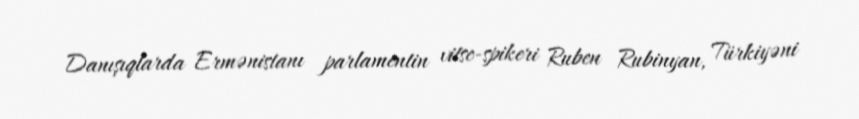
Danışıqlarda Ermənistanı parlamentin vitse-spikeri Ruben Rubinyan, Türkiyəni